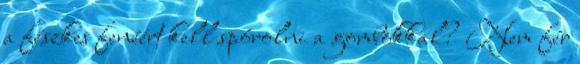
a fészkes fenéért kell spórolni a gombokkal? Nem fér